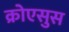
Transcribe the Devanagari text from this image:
क्रोएसुस